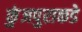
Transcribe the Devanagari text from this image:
कुंजपुराकडे